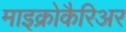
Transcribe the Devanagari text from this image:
माइक्रोकैरिअर